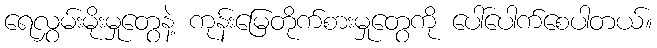
ရေလွှမ်းမိုးမှုတွေနဲ့ ကုန်းမြေတိုက်စားမှုတွေကို ပေါ်ပေါက်စေပါတယ်။